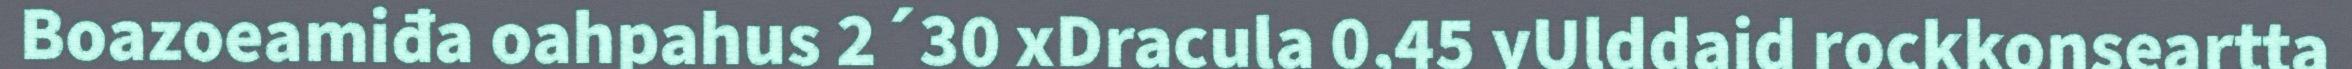
Boazoeamiđa oahpahus 2´30 xDracula 0,45 yUlddaid rockkonseartta